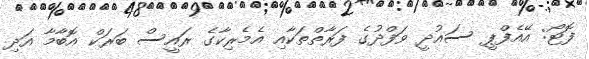
ފޮޓޯ: އޭއެފްޕީ ސައުދީ ވަފްދުގެ ފަރާތްތަކާއި އެމެރިކާގެ ރައީސް ބަރަކް އޮބާމާ އަދި